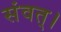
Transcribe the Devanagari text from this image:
संवत्‌।